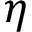
\eta